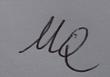
Signature authenticity: forged